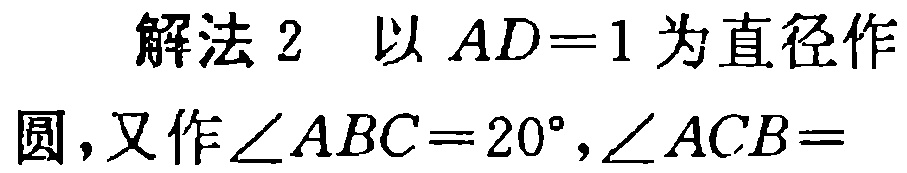
解法 2 以 \(AD = 1\) 为直径作圆，又作 \(\angle ABC = 20^{\circ},\angle ACB =\)